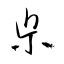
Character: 県